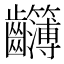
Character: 𪚈